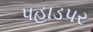
પહાડપર